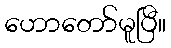
ဟောတော်မူပြီ။